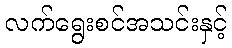
လက်ရွေးစင်အသင်းနှင့်